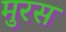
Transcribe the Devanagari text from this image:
मुरस